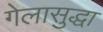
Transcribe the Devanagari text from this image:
गेलासुद्धा